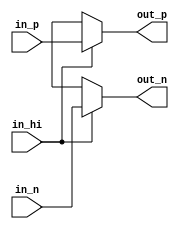
// This program was cloned from: https://github.com/iic-jku/iic-audiodac-v1
// License: Apache License 2.0

`default_nettype none

module audiodac_drv(
`ifdef USE_POWER_PINS
    input vdd,
    input vss,
`endif
    input in_p,
    input in_n,
    input in_hi,
    output wire out_p,
    output wire out_n
);

assign out_p = (in_hi) ? in_p : 1'bx;
assign out_n = (in_hi) ? in_n : 1'bx;

endmodule
`default_nettype wire